Scottish Leaving Certificate Examination, 1952
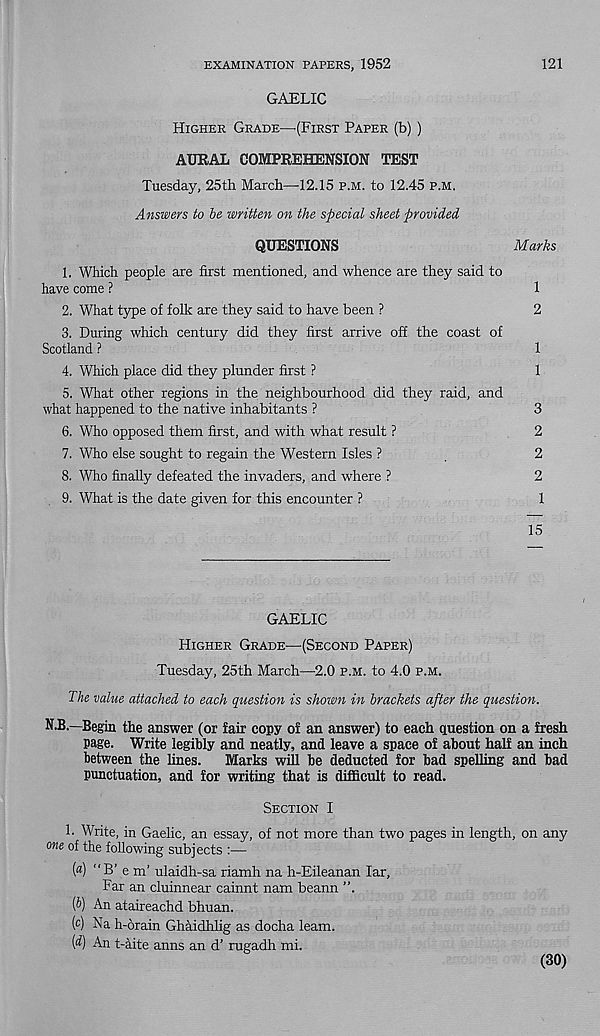
121
EXAMINATION PAPERS, 1952
GAELIC
Higher Grade—-(First Paper (b) )
AURAL COMPREHENSION TEST
Tuesday, 25th March—-12.15 p.m. to 12.45 p.m,
Answers to be written on the special sheet provided
QUESTIONS
Marks
1. Which people are first mentioned, and whence are they said to
have come ?
1
2. What type of folk are they said to have been ?
2
3. During which century did they first arrive off the coast of
Scotland ?
1
4. Which place did they plunder first ?
1
5. What other regions in the neighbourhood did they raid, and
what happened to the native inhabitants ?
3
6. Who opposed them first, and with what result ?
2
7. Who else sought to regain the Western Isles ?
.
2
8. Who finally defeated the invaders, and where ?
2
9. What is the date given for this encounter ?
1
15
GAELIC
Higher Grade—(Second Paper)
Tuesday, 25th March—2.0 p.m. to 4.0 p.m.
The value attached to each question is shown in brackets after the question.
N.B.—Begin the answer (or fair copy of an answer) to each question on a fresh
page. Write legibly and neatly, and leave a space of about half an inch
between the lines.
Marks will be deducted for bad spelling and bad
punctuation, and for writing that is difficult to read.
Section I
1. Write, in Gaelic, an essay, of not more than two pages in length, on any
one of the following subjects :—
(a) "B 1 e m’ ulaidh-sa riamh na h-Eileanan lar.
Far an cluinnear cainnt nam beann ”.
(b) An ataireachd bhuan.
(c) Na h-6rain Ghaidhlig as docha learn.
(d) An t-aite anns an d’ rugadh mi.
(30)